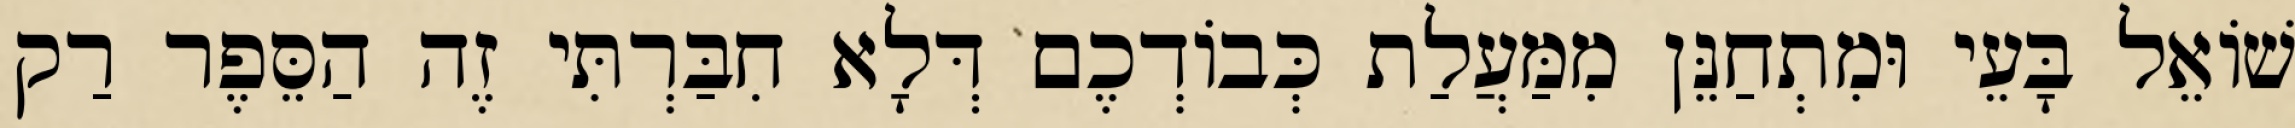
שׁוֹאֵל בָּעֵי וּמִתְחַנֵּן מִמַּעֲלַת כְּבוֹדְכֶם דְּלָא חִבַּרְתִּי זֶה הַסֵּפֶר רַק